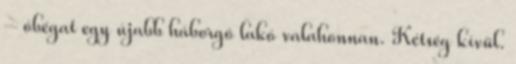
– óbégat egy újabb háborgó lakó valahonnan. Kétség kívül.